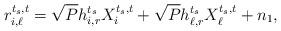
LaTeX: \begin{align*}r_{i,\ell}^{t_s,t}=\sqrt{P}h_{i,r}^{t_s}X_{i}^{t_s,t}+\sqrt{P}h_{\ell,r}^{t_s}X_{\ell}^{t_s,t}+n_1,\end{align*}